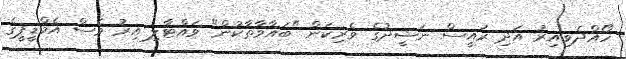
ހޯއްދެވިއިރު އަދި ރައީސް ނަޝީދުގެ ވެރިކަން "ބަޣާވާތާކުން" ވައްޓާލި އިރު ވެސް އެމްޑީޕީގެ